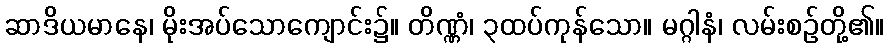
ဆာဒိယမာနေ၊ မိုးအပ်သောကျောင်း၌။ တိဏ္ဏံ၊ ၃ထပ်ကုန်သော။ မဂ္ဂါနံ၊ လမ်းစဉ်တို့၏။